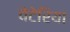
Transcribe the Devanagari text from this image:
वेटेरिया